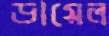
ডায়েল